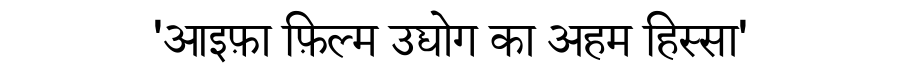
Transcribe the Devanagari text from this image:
'आइफ़ा फ़िल्म उद्योग का अहम हिस्सा'